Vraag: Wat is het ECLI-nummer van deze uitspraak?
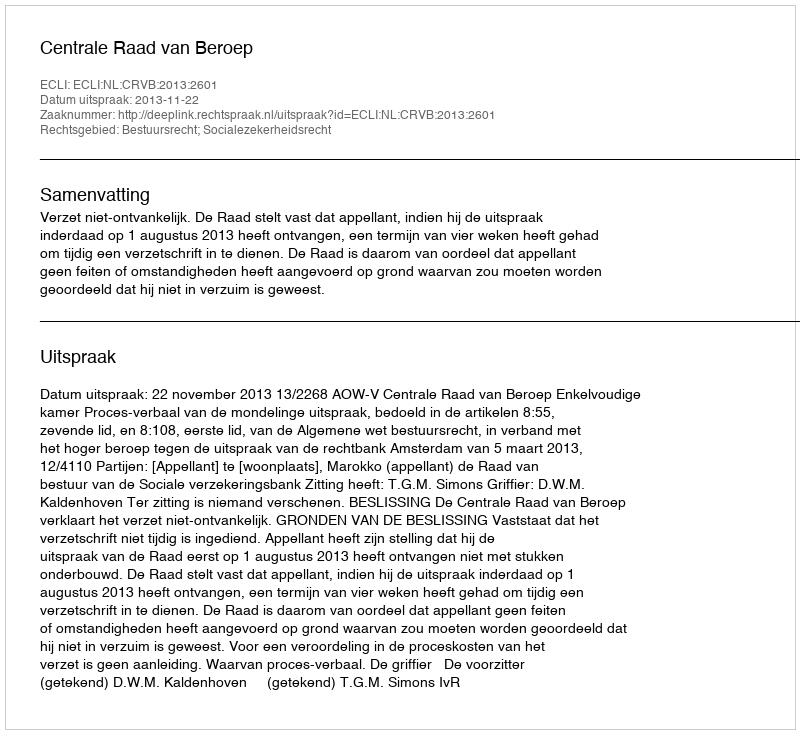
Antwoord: ECLI:NL:CRVB:2013:2601